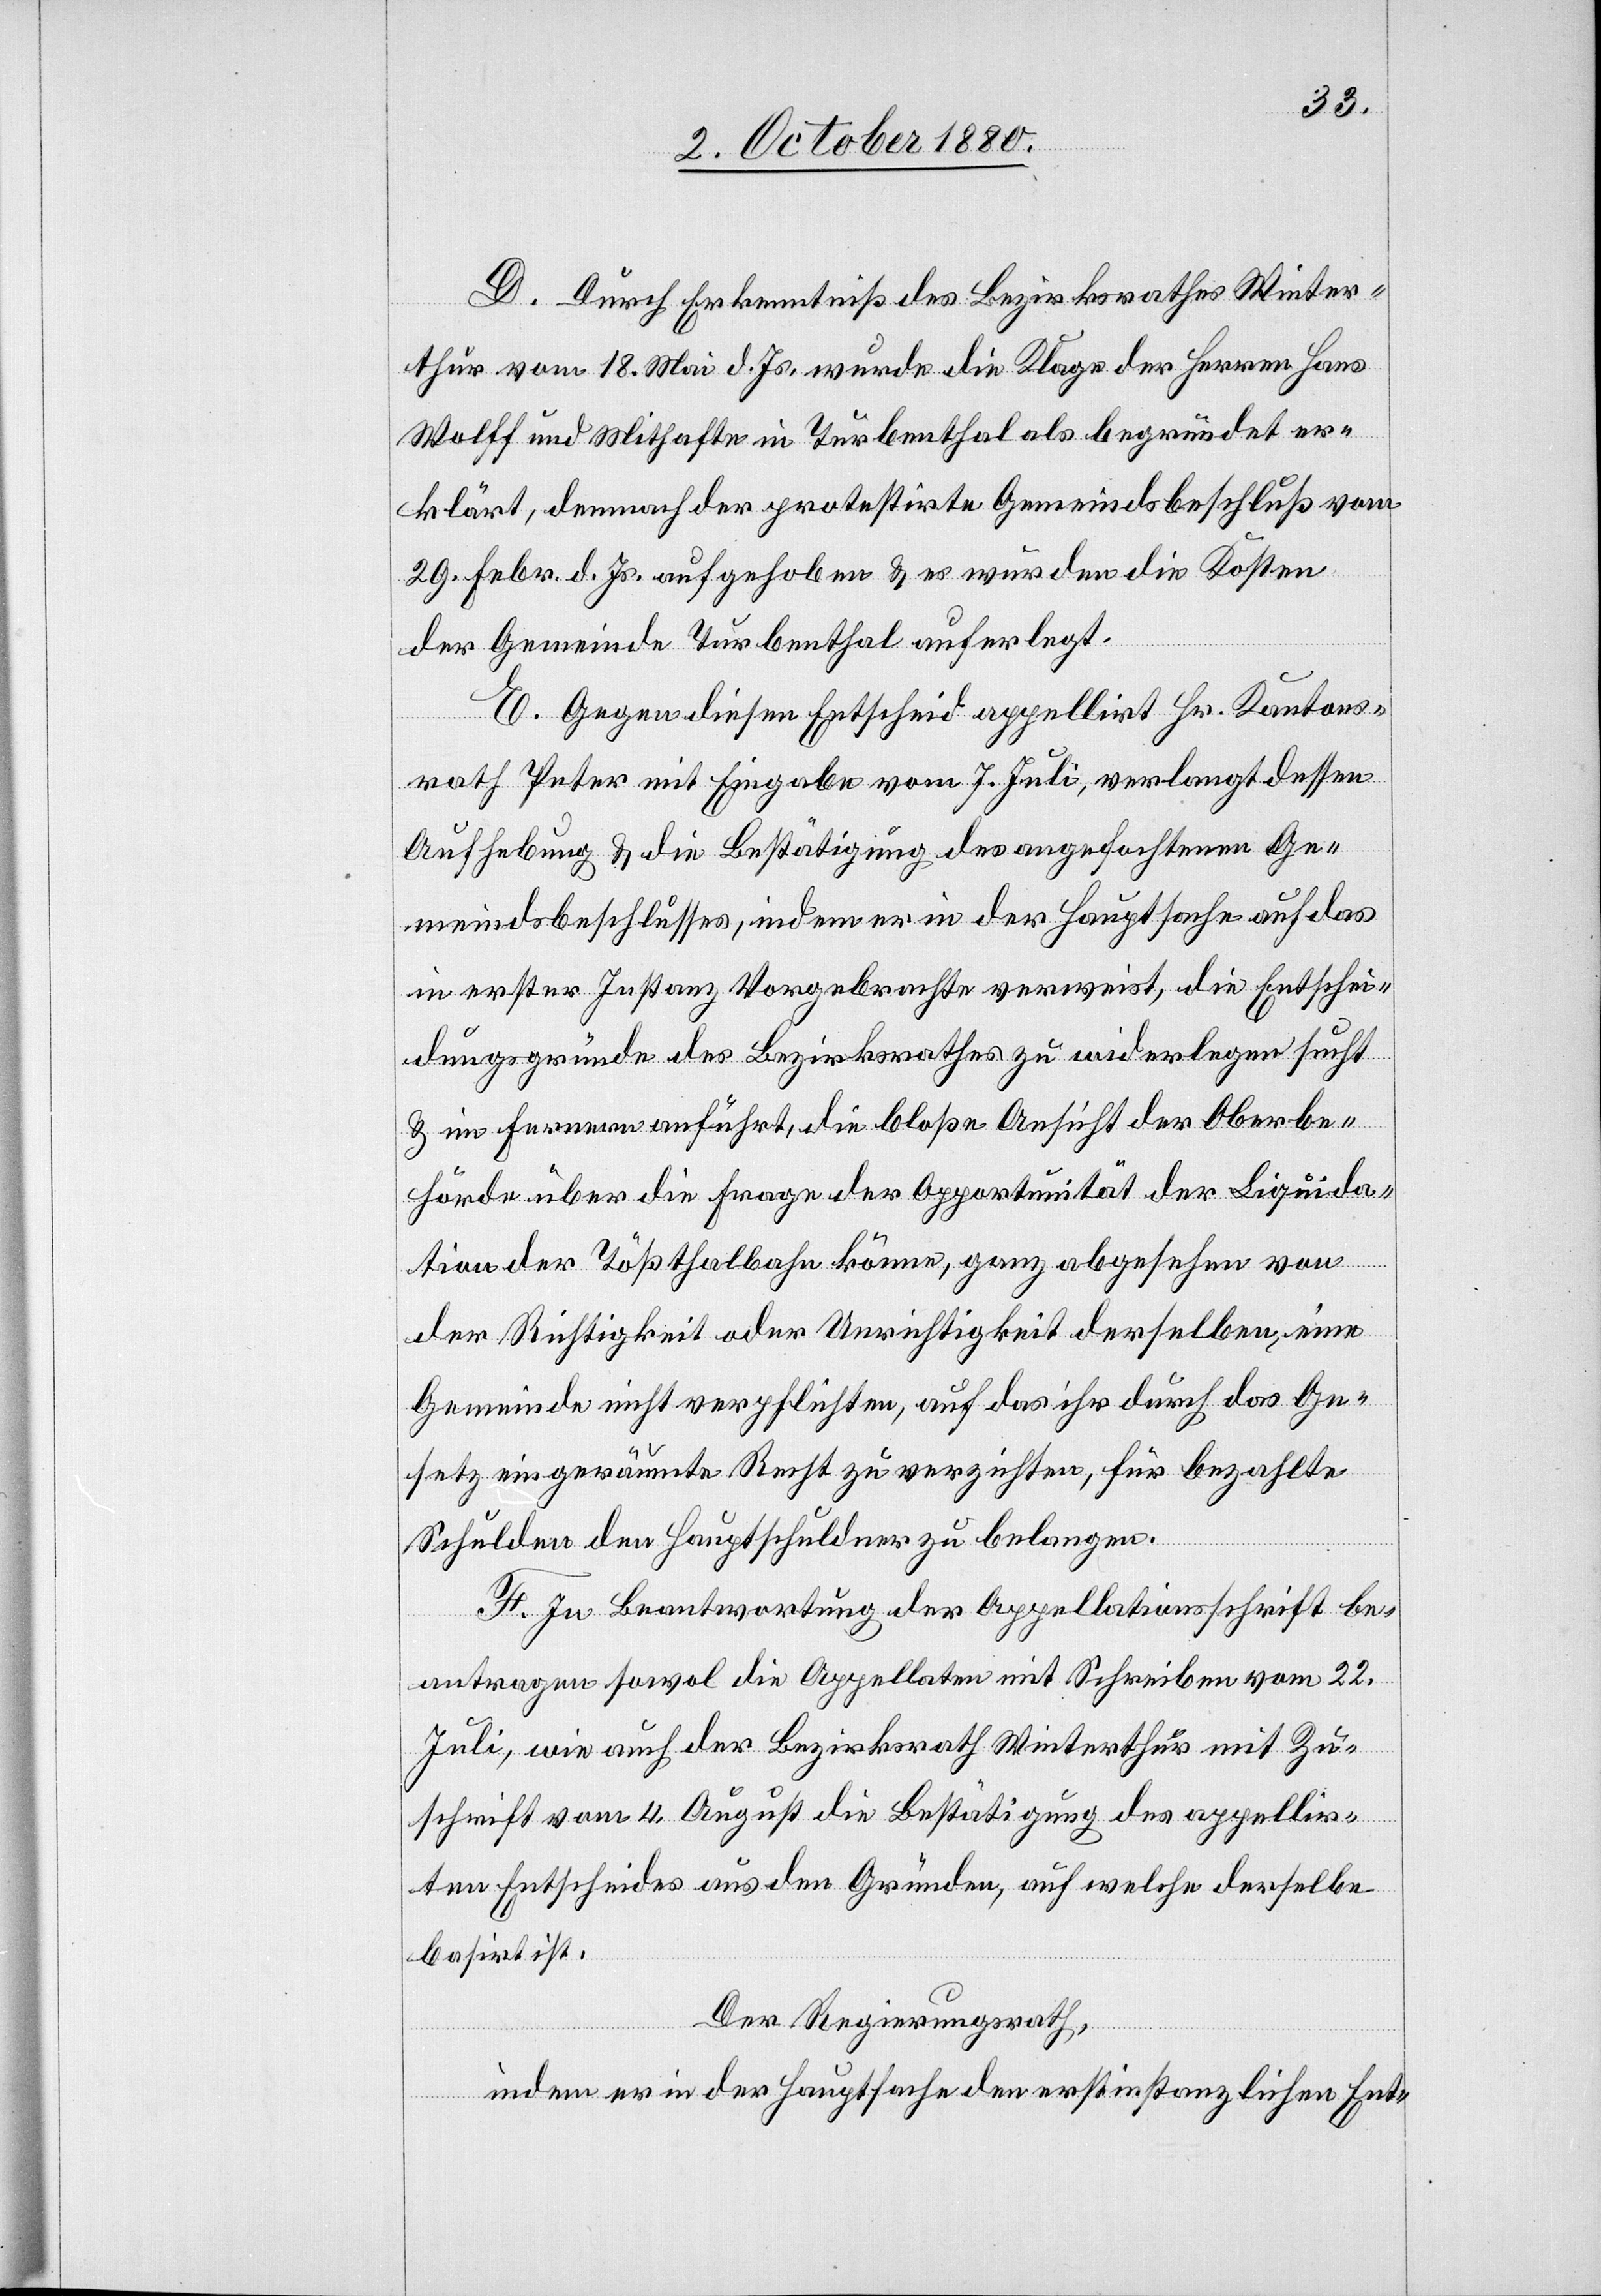
D. Durch Erkenntniß des Bezirksrathes Winter¬
thur vom 18. Mai d. Js. wurde die Klage der Herren Hans
Wolff und Mithafte in Turbenthal als begründet er¬
klärt, demnach der protestirte Gemeindsbeschluß vom
29. Febr. d. Js. aufgehoben & es wurden die Kosten
der Gemeinde Turbenthal auferlegt.
E. Gegen diesen Entscheid appellirt Hr. Kantons¬
rath Peter mit Eingabe vom 7. Juli, verlangt dessen
Aufhebung & die Bestätigung des angefochtenen Ge¬
meindsbeschlusses, indem er in der Hauptsache auf das
in erster Instanz Vorgebrachte verweist, die Entschei¬
dungsgründe des Bezirksrathes zu widerlegen sucht
& im Fernern anführt, die bloße Ansicht der Oberbe¬
hörde über die Frage der Opportunität der Liquida¬
tion der Tößthalbahn könne, ganz abgesehen von
der Richtigkeit oder Unrichtigkeit derselben eine
Gemeinde nicht verpflichten, auf das ihr durch das Ge¬
setz eingeräumte Recht zu verzichten, für bezahlte
Schulden den Hauptschuldner zu belangen.
F. In Beantwortung der Appellationsschrift be¬
antragen sowol die Appellaten mit Schreiben vom 22.
Juli, wie auch der Bezirksrath Winterthur mit Zu¬
schrift vom 4. August die Bestätigung des appellir¬
ten Entscheides aus den Gründen, auf welche derselbe
basirt ist.
Der Regierungsrath,
indem er in der Hauptsache den erstinstanzlichen Ent-